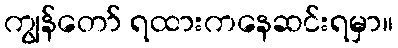
ကျွန်တော် ရထားကနေဆင်းရမှာ။